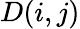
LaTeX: D(i,j)